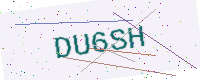
Text: DU6SH